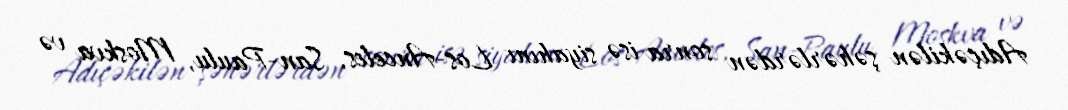
Adıçəkilən şəhərlərdən sonra isə siyahını Los-Anceles, San-Paulu, Moskva və